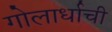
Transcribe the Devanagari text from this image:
गोलार्धाची